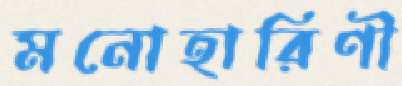
মনোহারিণী